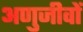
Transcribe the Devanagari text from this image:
अणुजीवों